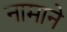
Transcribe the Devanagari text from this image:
नामाने